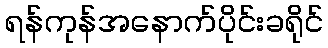
ရန်ကုန်အနောက်ပိုင်းခရိုင်